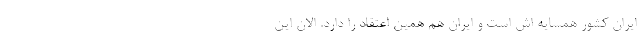
ایران کشور همسایه اش است و‌ ایران هم همین اعتقاد را دارد. الان این